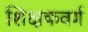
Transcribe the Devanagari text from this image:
शिक्षकवर्ग